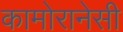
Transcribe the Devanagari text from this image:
कामोरानेसी